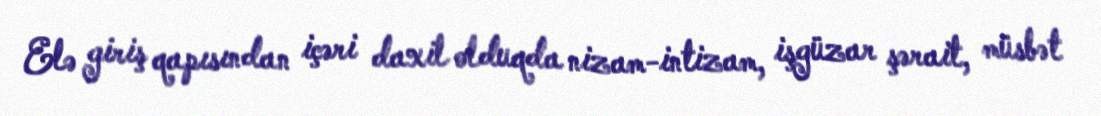
Elə giriş qapısından içəri daxil olduqda nizam-intizam, işgüzar şərait, müsbət